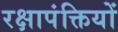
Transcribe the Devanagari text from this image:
रक्षापंक्तियों